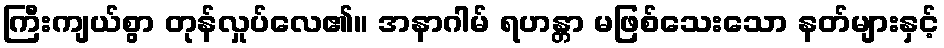
ကြီးကျယ်စွာ တုန်လှုပ်လေ၏။ အနာဂါမ် ရဟန္တာ မဖြစ်သေးသော နတ်များနှင့်